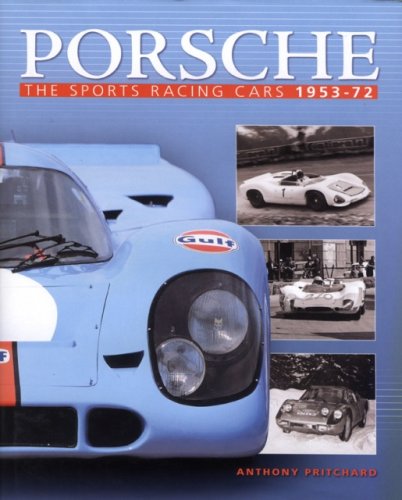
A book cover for Porsche: The Sports Racing Cars 1953-72; Anthony Pritchard; Engineering & Transportation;